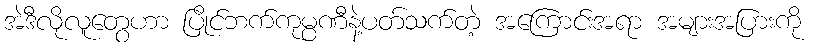
အဲဒီလိုလူတွေဟာ ပြိုင်ဘက်ကုမ္ပဏီနဲ့ပတ်သက်တဲ့ အကြောင်းအရာ အများအပြားကို